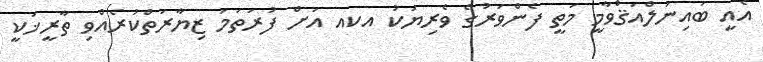
އެއީ ބައިނަލްއަޤްވާމީ މަތީ ފެންވަރުގެ ވެރިޔަކު އކއ އަށް ފުރަތަމަ ޒިޔާރަތްކުރެއްވި ތާރީޚަކީ